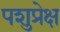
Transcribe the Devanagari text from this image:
पशुप्रेक्ष